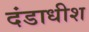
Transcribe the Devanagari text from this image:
दंडाधीश